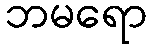
ဘမရော